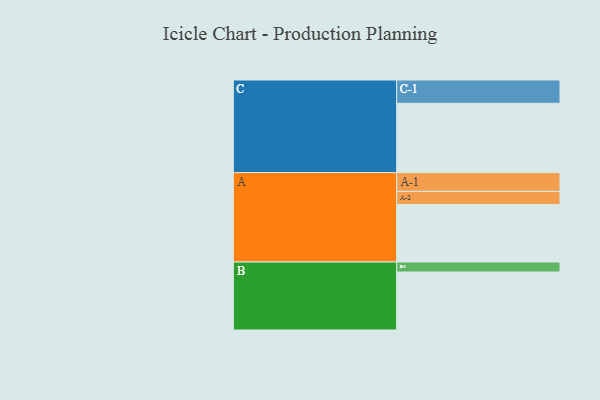
{"axis": {"x": "Segment", "y": "Value"}, "legend": ["", "A", "B", "C"], "data": [{"x": "A", "y": 453, "type": ""}, {"x": "B", "y": 457, "type": ""}, {"x": "C", "y": 546, "type": ""}, {"x": "A-1", "y": 148, "type": "A"}, {"x": "A-2", "y": 104, "type": "A"}, {"x": "B-1", "y": 79, "type": "B"}, {"x": "C-1", "y": 184, "type": "C"}]}